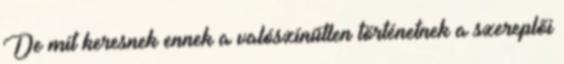
De mit keresnek ennek a valószínűtlen történetnek a szereplői